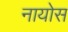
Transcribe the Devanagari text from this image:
नायोस